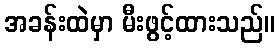
အခန်းထဲမှာ မီးဖွင့်ထားသည်။